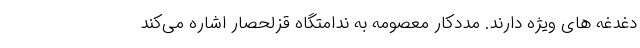
دغدغه های ویژه دارند. مددکار معصومه به ندامتگاه قزلحصار اشاره می‌کند